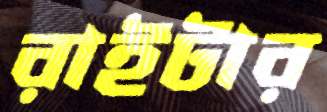
রাইটার